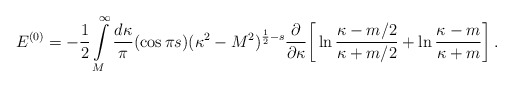
\begin{align*}E^{(0)}=-\frac 12\int\limits_{M}^{\infty}\frac{d\kappa}{\pi}(\cos\pi s)(\kappa^{2}-M^{2})^{\frac 1 2-s}\frac{\partial}{\partial\kappa} \bigg{[}\ln\frac{\kappa-m/2}{\kappa+m/2}+\ln \frac{\kappa-m}{\kappa+m}\bigg{]} \,.\end{align*}